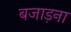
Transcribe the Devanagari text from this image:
बजाड़ना